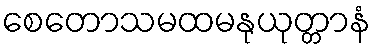
စေတောသမထမနုယုတ္တာနံ